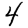
Digit: 4